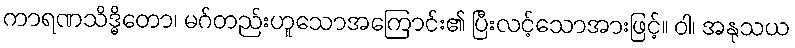
ကာရဏသိဒ္ဓိတော၊ မဂ်တည်းဟူသောအကြောင်း၏ ပြီးလင့်သောအားဖြင့်။ ဝါ၊ အနုသယ